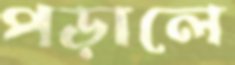
পড়ালে